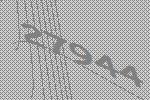
27944